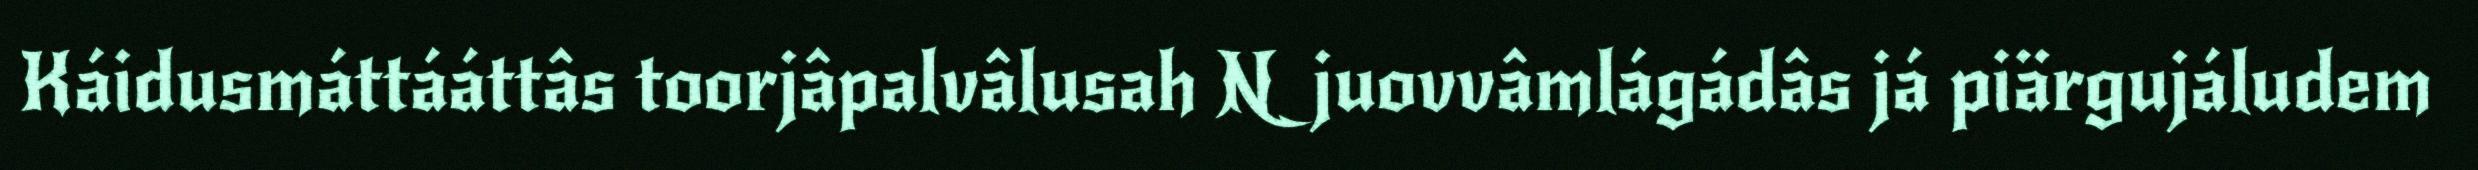
Káidusmáttááttâs toorjâpalvâlusah Njuovvâmlágádâs já piärgujáludem